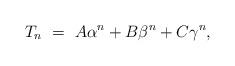
LaTeX: \begin{align*} T_{n} \ = \ A\alpha ^{n}+B\beta^{n}+C\gamma^{n},\end{align*}